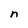
Character: n